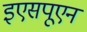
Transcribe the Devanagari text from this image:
इएसपूएन